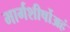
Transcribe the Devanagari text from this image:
मार्गशीर्षोअहं